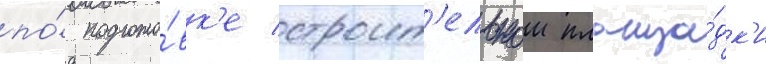
по́ подгото́вк'е строит'ельнои площа́дк'и